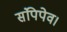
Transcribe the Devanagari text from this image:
संपिपेव।